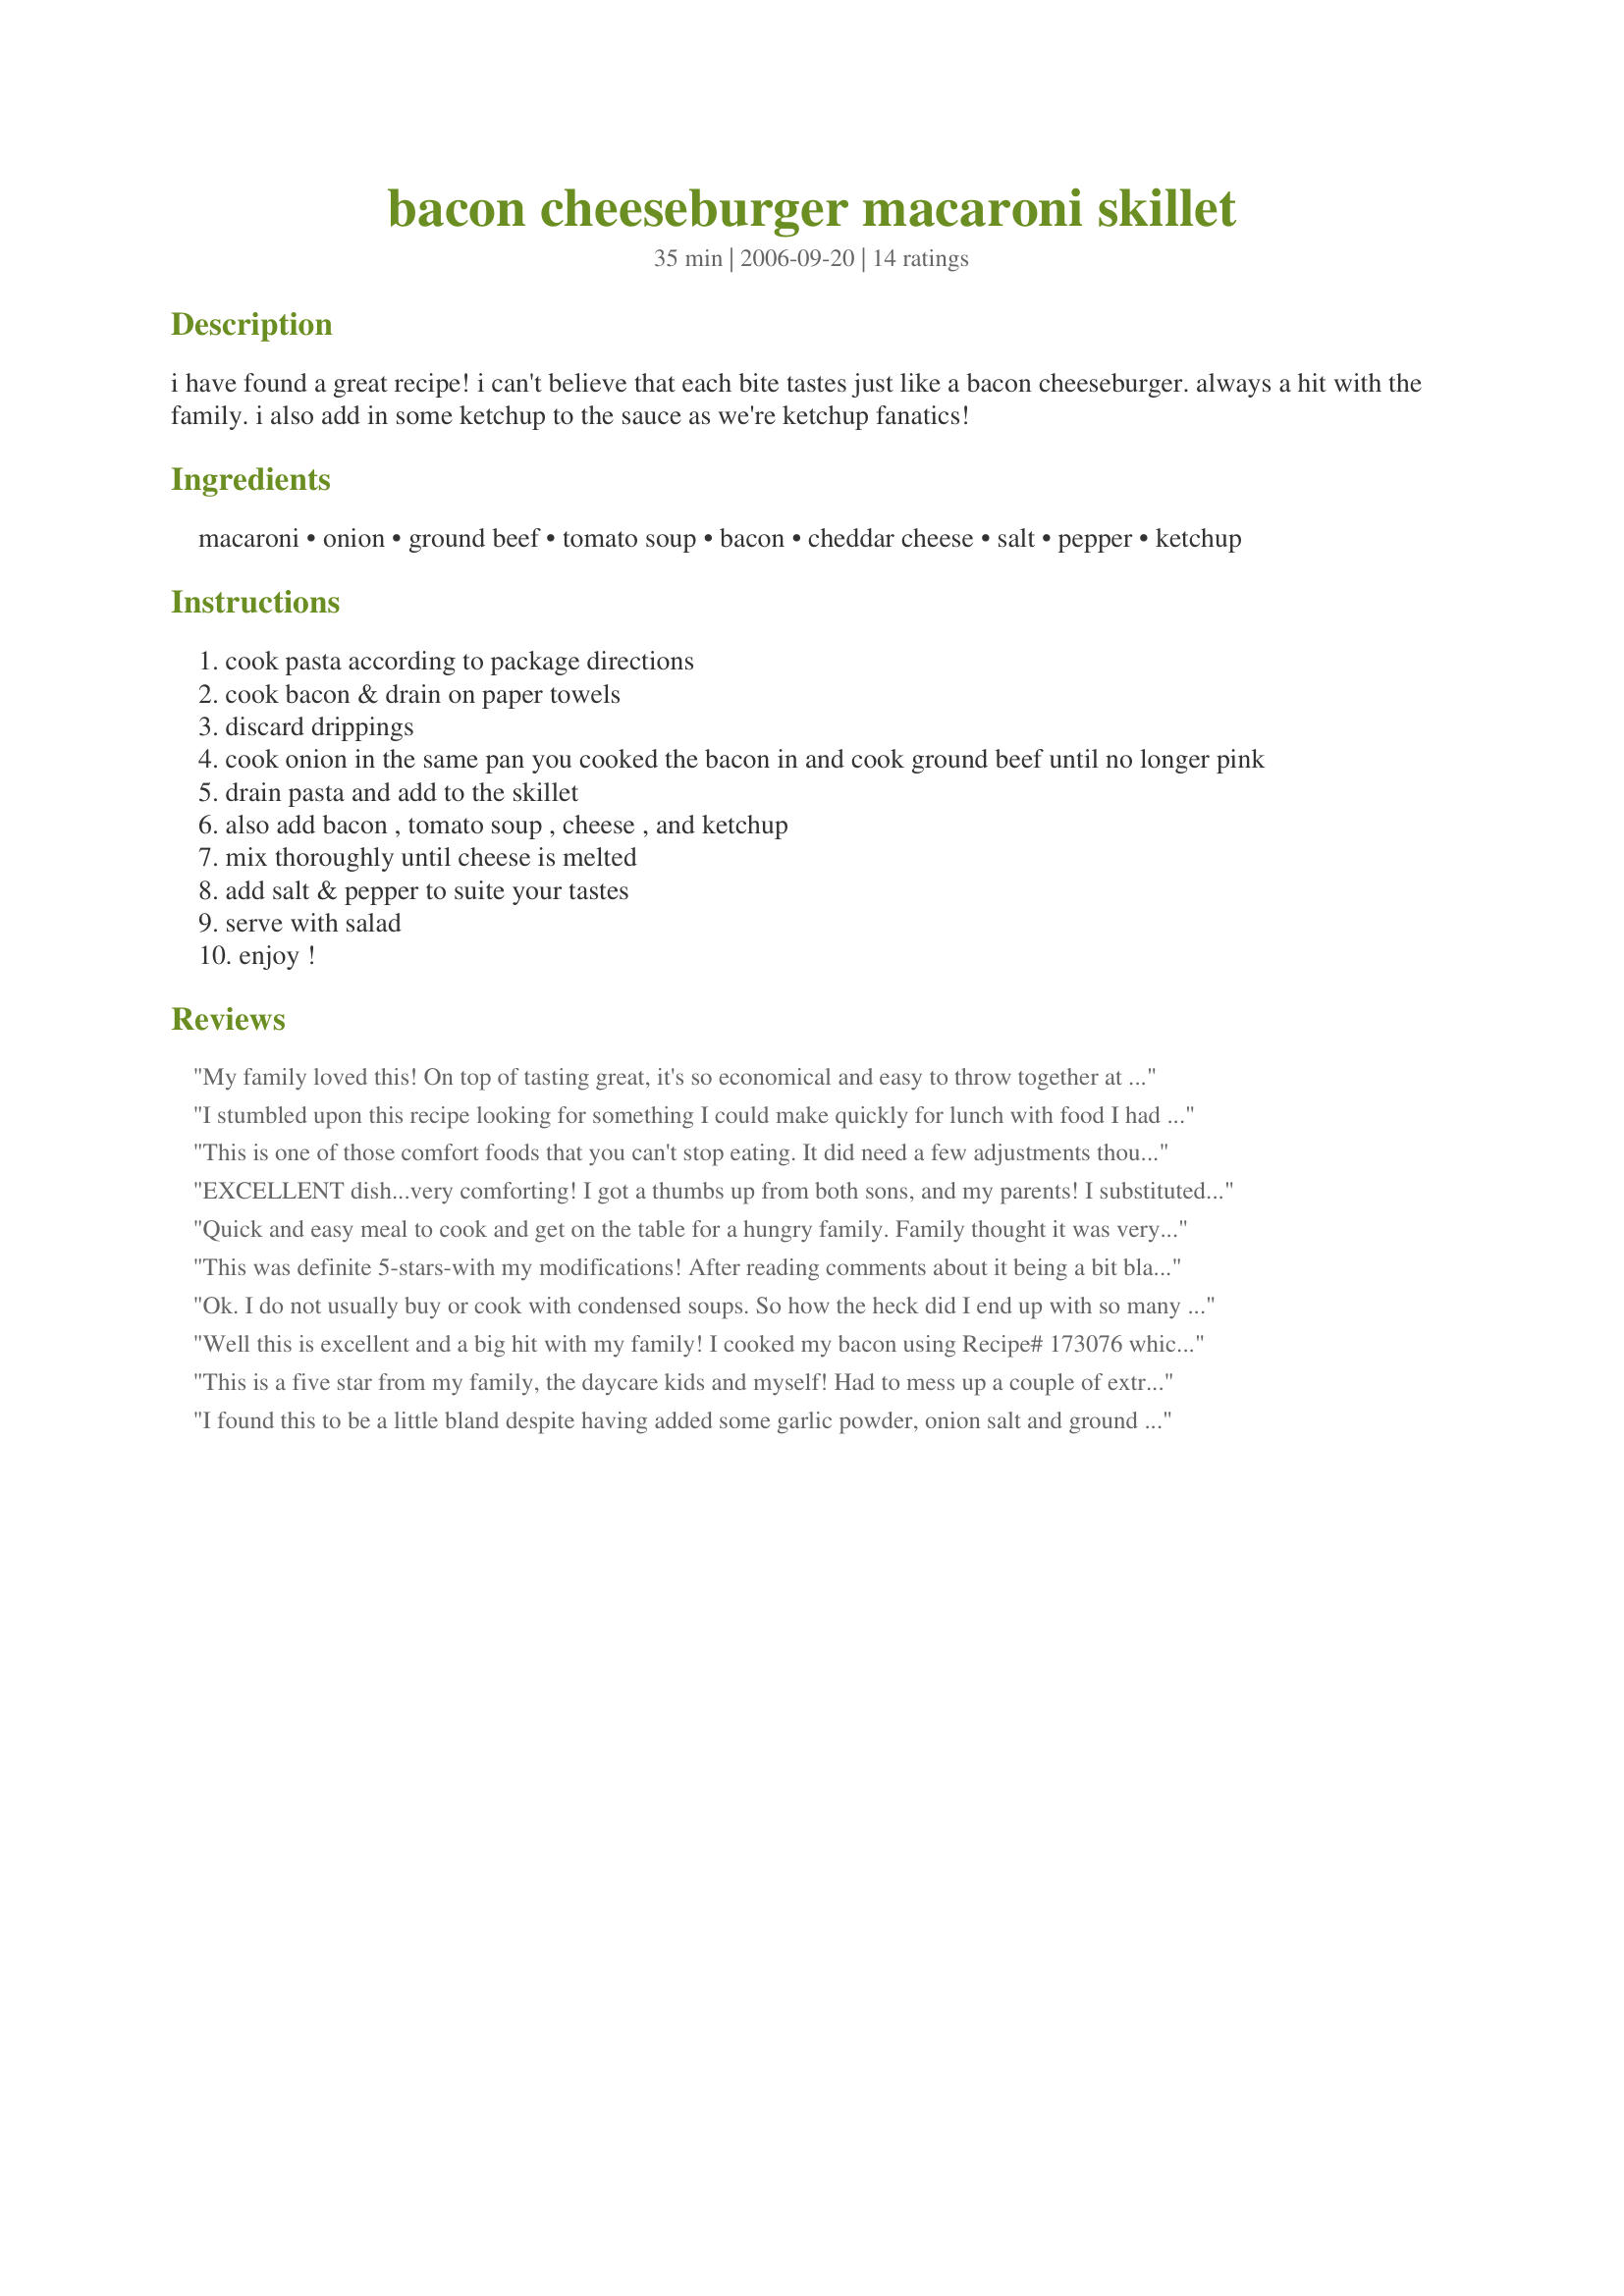
bacon cheeseburger macaroni skillet
Preparation time: 35 minutes

i have found a great recipe! i can't believe that each bite tastes just like a bacon cheeseburger. always a hit with the family. i also add in some ketchup to the sauce as we're ketchup fanatics!

Ingredients:
macaroni, onion, ground beef, tomato soup, bacon, cheddar cheese, salt, pepper, ketchup

Steps:
cook pasta according to package directions
cook bacon & drain on paper towels
discard drippings
cook onion in the same pan you cooked the bacon in and cook ground beef until no longer pink
drain pasta and add to the skillet
also add bacon , tomato soup , cheese , and ketchup
mix thoroughly until cheese is melted
add salt & pepper to suite your tastes
serve with salad
enjoy !

Reviews:
My family loved this! On top of tasting great, it's so economical and easy to throw together at the last minute because I usually have all the ingredients on hand. Only thing I didn't have was the macaroni, but I had a partial box of tri-colored rotini that I needed to use, so I used that instead. Only changes I might make next time is to add a can of diced tomatoes and some mushrooms, but the recipe tastes great as is. Thanks, Mama Jennie, for a great recipe!
I stumbled upon this recipe looking for something I could make quickly for lunch with food I had in the pantry/refrigerator. This one fit the bill. Plus, we love bacon cheeseburgers and pasta and figured they couldn't you couldn't go wrong if you put them together - and I was right. This was pretty tasty - I added a little more cheese than directed, but other than that followed the recipe exactly (using the optional black pepper, omitting the optional ketchup). Oh, and I used tri-colored rotini pasta instead of elbow macaroni as that was what I had on hand. Good stuff, thanks for posting.
This is one of those comfort foods that you can't stop eating. It did need a few adjustments though. I added onions (as every good cheeseburger needs!). The ground beef needs some salt and pepper to bring out the flavour. I was drawn to the recipe because my favorite way of having macaroni when I was a child was with tomato soup and bacon (yummy). Thanks for the recipe.
EXCELLENT dish...very comforting! I got a thumbs up from both sons, and my parents! I substituted egg noodles for the macaroni, because that is what I had on hand, already opened that needed to be used up. It worked well. I didn't add any salt, because there was enough sodium in the soup for me. It tastes very similar to a recipe I made years ago from a Quick Cooking or Taste of Home magazine. I will make this again! Made for ZWT3 Zingo.
Quick and easy meal to cook and get on the table for a hungry family. Family thought it was very good. Thank You.
This was definite 5-stars-with my modifications! After reading comments about it being a bit bland, I decided to add more seasonings. This is what I used -- 1 t. creole seasoning, 1/4 t. garlic salt, 1/4 t. black pepper, and a pinch of dried Italian Seasoning. My thick-sliced bacon was really salty so I did not add any extra salt. I used an 8-oz can of tomato sauce instead of the ketchup. I stirred in 1 c. shredded cheddar in the mixture, and topped it off with another cup. Also, I did not add my cooked bacon until the end, right before topping with the remaining cheese as I thought it might get soggy..eew! This skillet meal is complete with a simple salad or veggie and some crusty bread or cornbread.
Ok. I do not usually buy or cook with condensed soups. So how the heck did I end up with so many cans of tomato soup in my pantry?!? I picked this recipe because it looked easy and tasty. It did not let me down. I sprinkled with pepper, but not salt, and added 3 McDonald's packets of ketchup. (No, I have no idea how much that is. LOL) It seemed very bland to me, yet oddly satisfying. I returned from scrimmage to discover it was gone. No mean feat since my husband never eats, and the kids prefer snacks. Is it my favorite food ever? Nah - not by a long shot. But I will probably return to it at least once in the process of using up all of those blasted soups.
Well this is excellent and a big hit with my family! I cooked my bacon using Recipe# 173076 which worked great. I also used jar tomato sauce instead of the soup. Next time may add more cheese. All together a great meal for my family - will make again (may try it with ground turkey if I can get it by everyone...) Thanks for the post!
This is a five star from my family, the daycare kids and myself! Had to mess up a couple of extra pans but well worth it as it had good flavor. I used hickory smoked bacon, canned soup and sharp cheddar cheese. The hickory smoked bacon is a must in this recipe because it adds so much flavor. Oh yes, I chopped a medium onion and added it to the beef as I was browning it. I will be making this one again. Made for ZWT III 2007 - Zingo
I found this to be a little bland despite having added some garlic powder, onion salt and ground black pepper. I liked it enough, though, that I think I'll try it again, cooking chopped onion with the ground beef and using swiss cheese instead of cheddar.
i made this last night ... i am giving it 3 stars. to make it have more of a true cheeseburger taste i added yellow mustard and ketchup. then i also topped it with a little more cheese and ketchup on top. also i did not have tomato soup so i just used tomato sauce and i did not have enough sharp cheddar so i added velveta. came out yummy. it is an easy weeknight meal !! thanks for the recipe!
I had to substitute canadian bacon because that's what I had and I used turkey instead of beef, but it was delicious. Almost TOO delicious. We had 2nd helpings and fell over like polar bears. Simple recipe!
Quick and easy and tastes pretty good too plus something I usually have all the ingredients for. Thanks!
This was very good. I needed a quick dinner and this fit the bill. I used microwave bacon, which worked perfect. I also used velveeta instead of cheddar. This was very good Thanks for posting!
